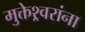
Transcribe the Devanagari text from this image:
मुक्तेश्र्वरांना